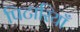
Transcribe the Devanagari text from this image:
पिटारियाँ